Calcutta medical institutions reports 1879-81 [i.e.91]
Year: 1879
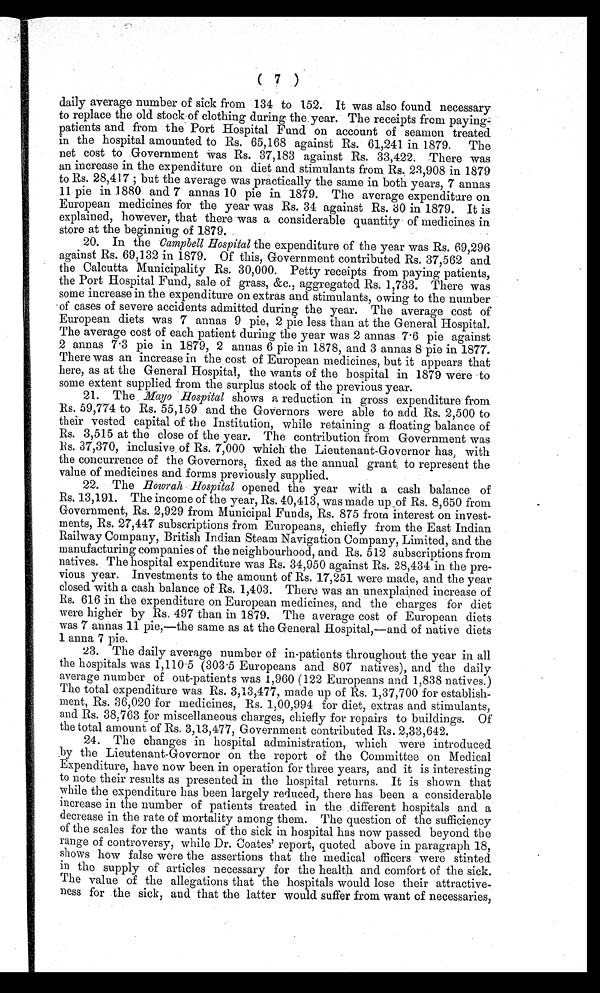
(7)
daily average number of sick from 134 to 152. It was also found necessary
to replace the old stock of clothing during the year. The receipts from paying
-
patients and from the Port Hospital Fund on account of seamen treated
in the hospital amounted to Rs. 65,168 against Rs. 61,241 in 1879. The
net cost to Government was Rs. 37,183 against Rs. 33,422. There was
an increase in the expenditure on diet and stimulants from Rs. 23,908 in 1879
to Rs. 28,417; but the average was practically the same in both years, 7 annas
11 pie in 1880 and 7 annas 10 pie in 1879. The average expenditure on
European medicines for the year was Rs. 34 against Rs. 80 in 1879. It is
explained, however, that there was a considerable quantity of medicines in
store at the beginning of 1879.
20. In the Campbell Hospital the expenditure of the year was Rs. 69,296
against Rs. 69,132 in 1879. Of this, Government contributed Rs. 37,562 and
the Calcutta Municipality Rs. 30,000. Petty receipts from paying patients,
the Port Hospital Fund, sale of grass, &c., aggregated Rs. 1,733. There was
some increase in the expenditure on extras and stimulants, owing to the number
of cases of severe accidents admitted during the year. The average cost of
European diets was 7 annas 9 pie, 2 pie less than at the General Hospital.
The average cost of each patient during the year was 2 annas 7 . 6 pie against
2 annas 7.3 pie in 1879, 2 annas 6 pie in 1878, and 3 annas 8 pie in 1877.
There was an increase in the cost of European medicines, but it appears that
here, as at the General Hospital, the wants of the hospital in 1879 were to
some extent supplied from the surplus stock of the previous year.
21. The Mayo Hospital shows a reduction in gross expenditure from
Rs. 59,774 to Rs. 55,159 and the Governors were able to add Rs. 2,500 to
their vested capital of the Institution, while retaining a floating balance of
Rs. 3,515 at the close of the year. The contribution from Government was
R s . 3 7 , 3 7 0 , i n c l u s i v e , o f R s . 7 , 0 0 0 w h i c h t h e L i e u t e n a n t - G o v e r n o r h a s , w i t h
the concurrence of the Governors, fixed as the annual grant to represent the
value of medicines and forms previously supplied.
22. The Howrah Hospital opened the year with a cash balance of
Rs. 13,191. The income of the year, Rs. 40,413, was made up Rs. 8,650 from
Government, Rs. 2,929 from Municipal Funds, Rs. 875 from interest on invest
-
ments, Rs. 27,447 subscriptions from Europeans, chiefly from the East Indian
Railway Company, British Indian Steam Navigation Company, Limited, and the
manufacturing companies of the neighbourhood, and. Rs. 512 subscriptions from
natives. The hospital expenditure was Rs. 34,950 against Rs. 28,434 in the pre
-
vious year. Investments to the amount of Rs. 17,251 were made, and the year
closed with a cash balance of Rs. 1,403. There was an unexplained increase of
Rs. 616 in the expenditure on European medicines, and the charges for diet
were higher by Rs. 497 than in 1879. The average cost of European diets
was 7 annas 11 pie,—the same as at the General Hospital,—and of native diets
1 anna 7 pie.
23. The daily average number of in-patients throughout the year in all
the hospitals was 1,110.5 (303.5 Europeans and 807 natives), and the daily
average number of out-patients was 1,960 (122 Europeans and 1,838 natives.)
The total expenditure was Rs. 3,13,477, made up of Rs. 1,37,700 for establish
-
ment, Rs. 36,020 for medicines, Rs. 1,00,994 for diet, extras and stimulants,
and Rs. 38.763 for miscellaneous charges, chiefly for repairs to buildings. Of
the total amount of Rs. 3,13,477, Government contributed Rs. 2,33,642.
24. The changes in hospital administration, which were introduced
by the Lieutenant-Governor on the report of the Committee on Medical
Expenditure, have now been in operation for three years, and it is interesting
to note their results as presented in the hospital returns. It is shown that
while the expenditure has been largely reduced, there has been a considerable
increase in the number of patients treated in the different hospitals and a
decrease in the rate of mortality among them. The question of the sufficiency
of the scales for the wants of the sick in hospital has now passed beyond the
range of controversy, while Dr. Coates' report, quoted above in paragraph 18,
shows how false were the assertions that the medical officers were stinted.
in the supply of articles necessary for the health and comfort of the sick.
The value of the allegations that the hospitals would lose their attractive
-
ness for the sick, and that the latter would suffer from want of necessaries,